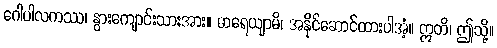
ဂေါပါလကဿ၊ နွားကျောင်းသားအား။ ဓာရေယျာမိ၊ အနိုင်ဆောင်ထားပါအံ့။ ဣတိ၊ ဤသို့။